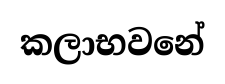
කලාභවනේ